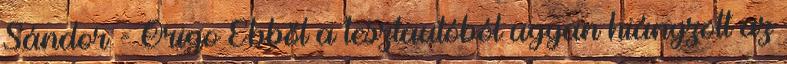
Sándor - Origo Ebből a tesztautóból ugyan hiányzott az